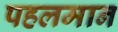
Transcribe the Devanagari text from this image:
पहलमान